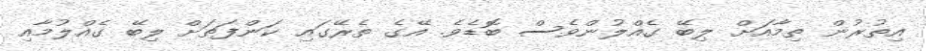
އިތުރުން ތިމާއަށް ލިބޭ ގެއްލުންވެސް ބޮޑެވެ. އޭގެ ތެރޭގައި ކަންފަތަށް ލިބޭ ގެއްލުމާއި